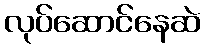
လုပ်ဆောင်နေဆဲ